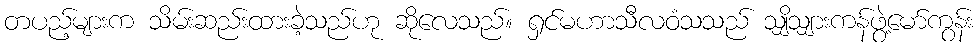
တပည့်များက သိမ်းဆည်းထားခဲ့သည်ဟု ဆိုလေသည်။ ရှင်မဟာသီလဝံသသည် သျှိသျှားကန်ဖွဲ့မော်ကွန်း